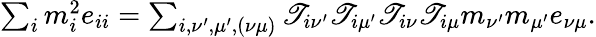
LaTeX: \begin{array}{r}{\sum_{i}m_{i}^{2}e_{ii}=\sum_{i,\nu^{\prime},\mu^{\prime},(\nu\mu)}\mathscr{T}_{i\nu^{\prime}}\mathscr{T}_{i\mu^{\prime}}\mathscr{T}_{i\nu}\mathscr{T}_{i\mu}m_{\nu^{\prime}}m_{\mu^{\prime}}e_{\nu\mu}.}\end{array}